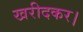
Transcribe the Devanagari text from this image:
खरीदकर।